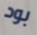
بود